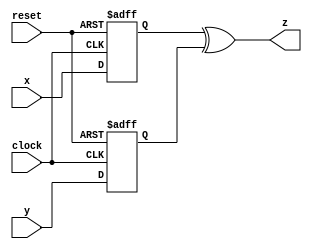
module xor_timing_control_sync_block (
    input wire x,
    input wire y,
    output reg z,
    input wire clock,
    input wire reset
);

reg x_delayed;
reg y_delayed;

// Delay elements to control signal propagation
always @ (posedge clock or posedge reset)
begin
    if (reset)
    begin
        x_delayed <= 1'b0;
        y_delayed <= 1'b0;
    end
    else
    begin
        x_delayed <= x;
        y_delayed <= y;
    end
end

// XOR gate operation with delayed inputs
always @ (x_delayed, y_delayed)
begin
    z <= x_delayed ^ y_delayed;
end

endmodule